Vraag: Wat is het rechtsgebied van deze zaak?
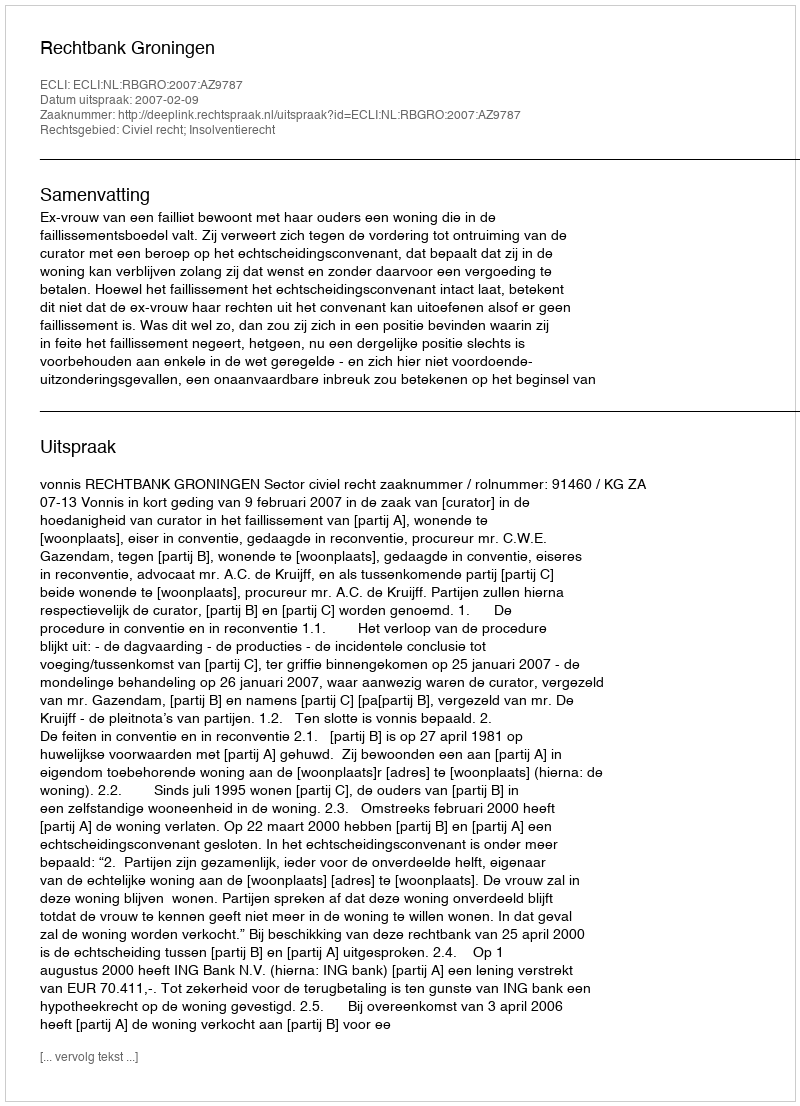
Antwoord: Civiel recht; Insolventierecht